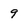
Character: 9